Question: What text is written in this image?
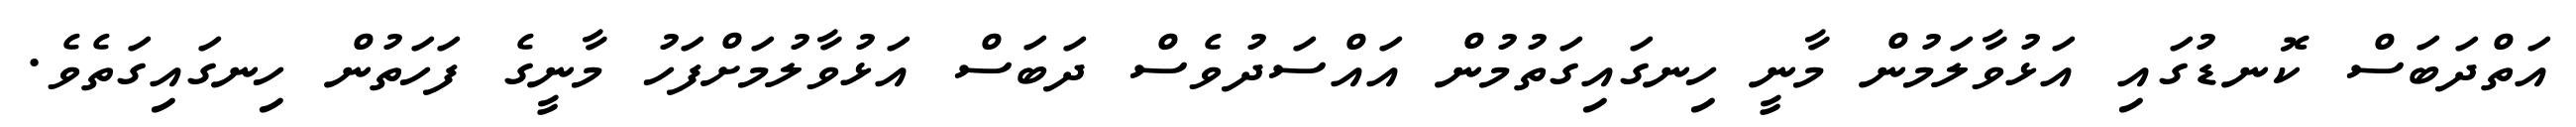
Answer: އަތްދަބަސް ކޮނޑުގައި އަޅުވާލަމުން މާނީ ހިނގައިގަތުމުން އައްސަދުވެސް ދަބަސް އަޅުވާލުމަށްފަހު މާނީގެ ފަހަތުން ހިނގައިގަތެވެ.